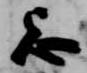
忌